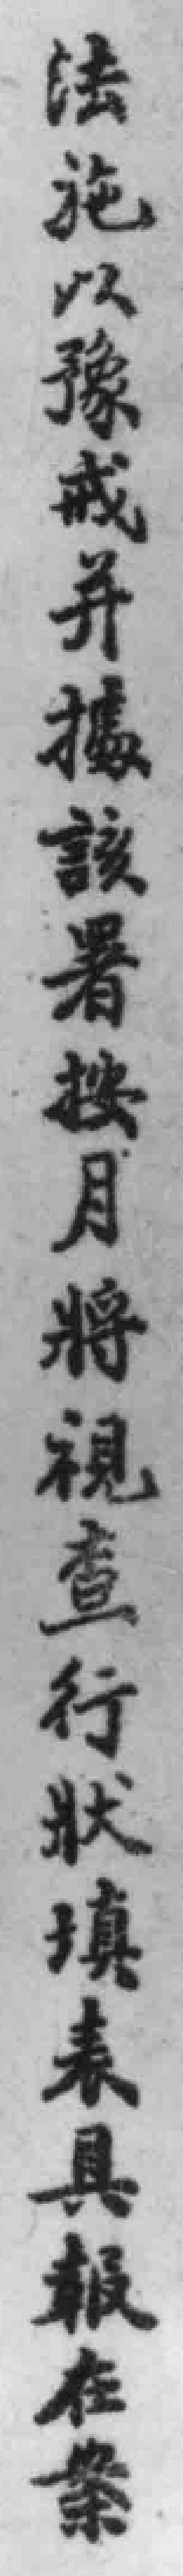
法施以豫戒并據該署按月將視查行狀填表具報在業